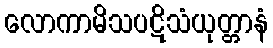
လောကာမိသပဋိသံယုတ္တာနံ